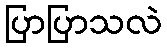
ပြာပြာသလဲ